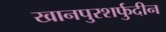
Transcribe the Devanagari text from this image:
खानपुरशर्फुदीन